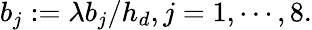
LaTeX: b_{j}:=\lambda b_{j}/h_{d},j=1,\cdots,8.